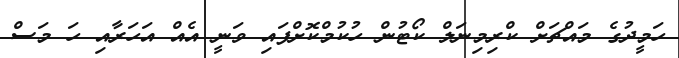
ހަމީދުގެ މައްޗަށް ކްރިމިނަލް ކޯޓުން ހުކުމްކޮށްފައި ވަނީ އެއް އަހަރާއި ހަ މަސް